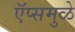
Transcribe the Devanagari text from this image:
ऍप्समुळे